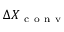
\Delta X _ { \mathrm { ~ c ~ o ~ n ~ v ~ } }